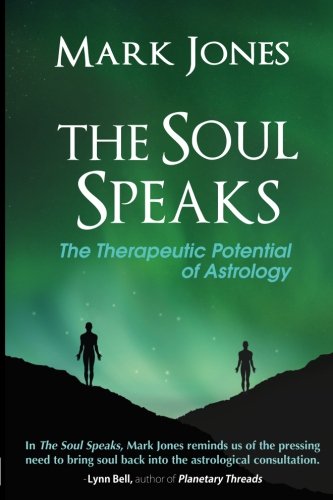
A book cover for The Soul Speaks: The Therapeutic Potential of Astrology; Mark Jones; Religion & Spirituality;